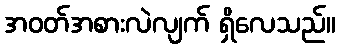
အဝတ်အစားလဲလျက် ရှိလေသည်။